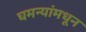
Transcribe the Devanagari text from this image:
घमन्यांमधून